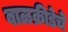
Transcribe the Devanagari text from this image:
बाळक्रीडेचे